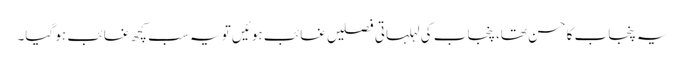
یہ پنجاب کا حسن تھا، پنجاب کی لہلہاتی فصلیں غائب ہوئیں تو یہ سب کچھ غائب ہو گیا۔